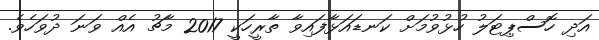
އަދި ހޮސްޕިޓަލު ހުޅުވުމަށް ކަނޑައަޅާފައިވާ ތާރީހަކީ 2017 މާޗު އެއް ވަނަ ދުވަހެވެ.